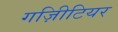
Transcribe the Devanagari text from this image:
गज़िीटियर